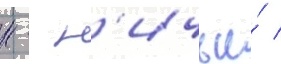
н - н'ичьи́ /